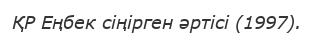
ҚР Еңбек сіңірген әртісі (1997).